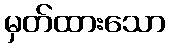
မှတ်ထားသော